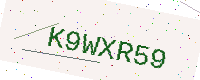
Text: K9WXR59